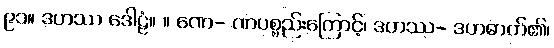
၉၁။ ဒဟဿ ဒေါဠံ။ ။ ဏေ- ဏပစ္စည်းကြောင့်၊ ဒဟဿ- ဒဟဓာတ်၏၊